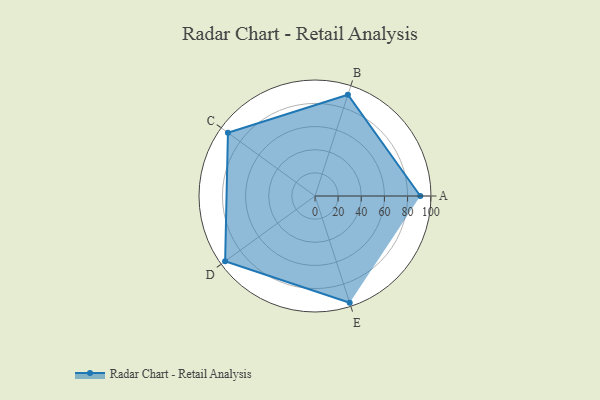
{"axis": {"x": "Skill", "y": "Score"}, "legend": ["Profile"], "data": [{"x": "A", "y": 91.0, "type": "Profile"}, {"x": "B", "y": 92.0, "type": "Profile"}, {"x": "C", "y": 93.0, "type": "Profile"}, {"x": "D", "y": 96.0, "type": "Profile"}, {"x": "E", "y": 97.0, "type": "Profile"}]}